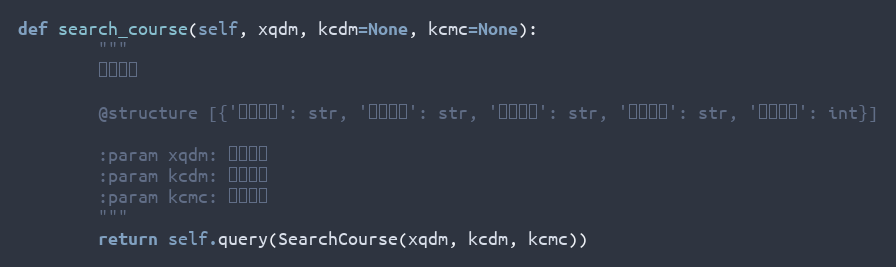
Language: Python
def search_course(self, xqdm, kcdm=None, kcmc=None):
        """
        课程查询

        @structure [{'任课教师': str, '课程名称': str, '教学班号': str, '课程代码': str, '班级容量': int}]

        :param xqdm: 学期代码
        :param kcdm: 课程代码
        :param kcmc: 课程名称
        """
        return self.query(SearchCourse(xqdm, kcdm, kcmc))